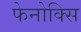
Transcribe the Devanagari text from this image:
फेनोक्सि